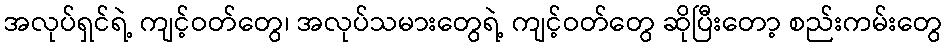
အလုပ်ရှင်ရဲ့ ကျင့်ဝတ်တွေ၊ အလုပ်သမားတွေရဲ့ ကျင့်ဝတ်တွေ ဆိုပြီးတော့ စည်းကမ်းတွေ